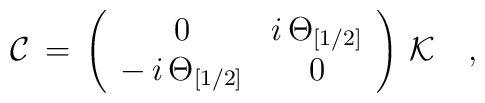
{\cal C}\,=\,\left(\begin{array}{cc}0 & i\,\Theta_{[1/2]}\\-\,i\,\Theta_{[1/2]} &0\end{array}\right)\,{\cal K} \quad,